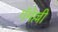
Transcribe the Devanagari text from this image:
गॅमेल्ली